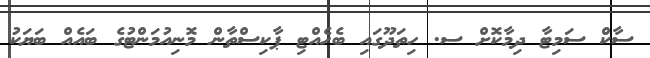
ސާކް ސަމިޓާ ދިމާކޮށް ސ. ހިތަދޫގައި ބެހެއްޓި ޕާކިސްތާން މޮނިއުމަންޓުގެ ބައެއް ބަޔަކު